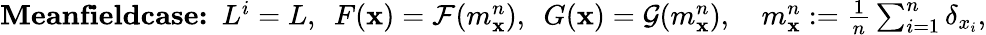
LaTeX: \begin{array}{r}{\textbf{Meanfieldcase:}\ \ L^{i}=L,\ \ F(\mathbf{x})=\mathcal{F}(m_{\mathbf{x}}^{n}),\ \ G(\mathbf{x})=\mathcal{G}(m_{\mathbf{x}}^{n}),\quad m_{\mathbf{x}}^{n}:=\frac{1}{n}\sum_{i=1}^{n}\delta_{x_{i}},}\end{array}